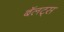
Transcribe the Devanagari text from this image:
बॅलट्स